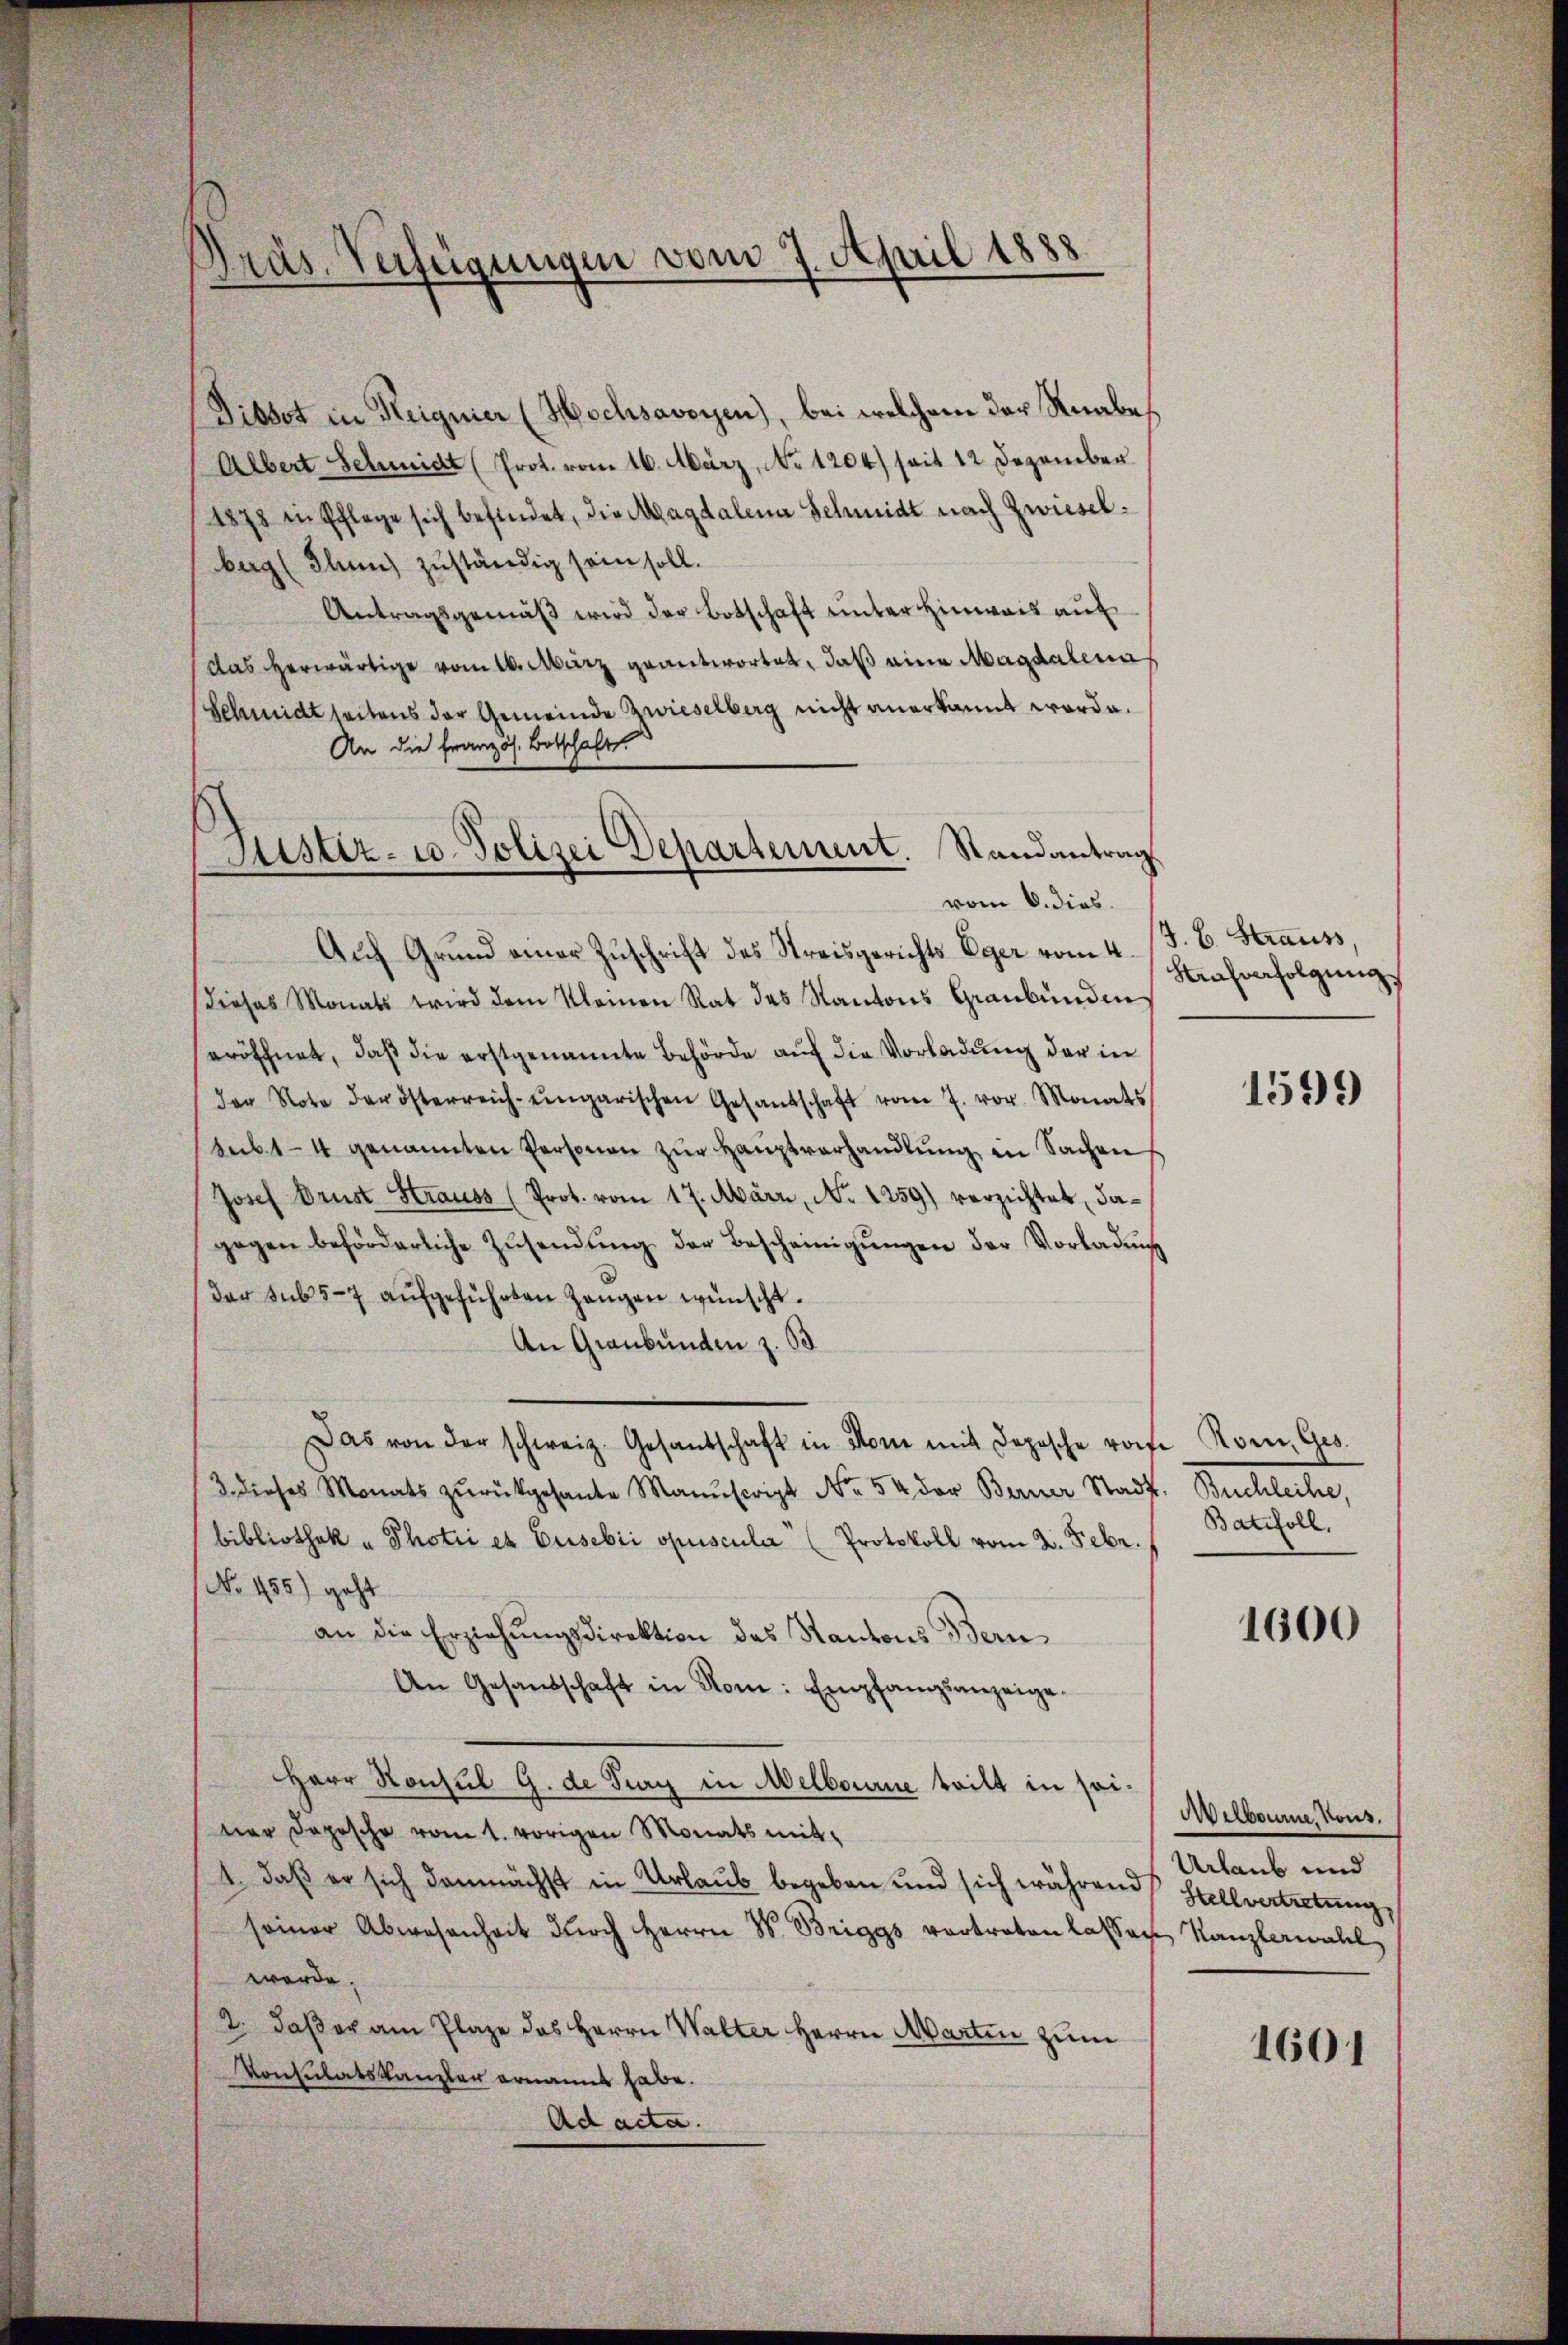
Präs. Verfügungen vom 7. April 1888

Fibbet in Reignier (Hochsavoyen), bei welchem der Knabe,
Albert Schmidt (Prot. vom 16. März, No 1204) seit 12 Dezember
1878 in Pflege sich befindet, die Magdalena Schmidt nach Zwieselberg (Thun zuständig sein soll.
Antragsgemäß wird der Botschaft unter Hinweis auf
das herwärtige vom 16. März geantwortet, daß eine Magdalena
Schmidt seitens der Gemeinde Zwieselberg nicht anerkannt worde.
An die französ. Botschaft
Auf Grund einer Zuschrift des Streisgerichts Eger vom 4.
dieses Monats wird dem Kleinen Rat des Kantons Graubünden
eröffnet, daß die erstgenannte Behörde auf die Vorladung der in
der Note der österreich-ungarischen Gesandschaft vom 7. vor. Monats
Subt- 4 genannten Personen zŭr Hauptverhandlŭng in Sachen
Josef Brust Strauss (Prot. vom 17. März, No 1259) verzichtet, dagegen beförderliche Zŭsendŭng der Bescheinigŭngen der Vorladung
der sub 5-7 aŭfgeführten Zangen wünscht.
An Graubünden z. 33.
Das von der schweiz. Gesandschaft in Mone mit dopische rohe Rom. Ges.
3 dieses Monats zŭrückgesante Manuscript No. 54 der Berner Stadt. Buchleihe,
bibliothek u Photii et Eusebii opuscular (Protokoll vom 2. Febr.
No. 455) geht
an die Erziehŭngsdirektion das Kantons Bern
An Gesandschaft in Rom: Empfangsanzeige.
HHerr Konsul G. de Tuy in Melbourne teilt in seiner Depesche vom 1. vorigen Monats mit¬
1. daß er sich demnächst in Urlaub begeben und sich während Stellvertretung,
seiner Abwesenheit durch Herrn W. Briggs vortreten lassige Kanzlerwahl
werde.
2. daß er am Plaze des Herrn Walter Herrn Martin zum
Konsulatskanzler ernannt habe.
Ad acta.

Randantrag
Justiz- u. Polizei Departement.
vom 6. dies.

J. B. Strauss,
Strafverfolgŭng.

1599

Batisoll.

1600

Aelbaume, Kons.
Urlaub und

1601